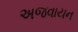
અજવાયન